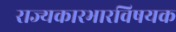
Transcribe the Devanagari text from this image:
राज्यकारभारविषयक